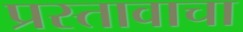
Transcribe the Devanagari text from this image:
प्रस्तावाचा